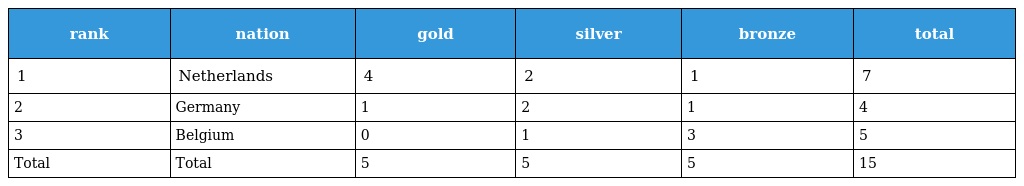
| rank | nation | gold | silver | bronze | total |
 | --- | --- | --- | --- | --- | --- |
 | 1 | Netherlands | 4 | 2 | 1 | 7 |
 | 2 | Germany | 1 | 2 | 1 | 4 |
 | 3 | Belgium | 0 | 1 | 3 | 5 |
 | Total | Total | 5 | 5 | 5 | 15 |